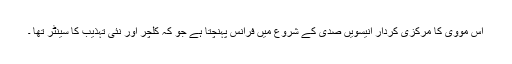
اس مووی کا مرکزی کردار انیسویں صدی کے شروع میں فرانس پہنچتا ہے جو کہ کلچر اور نئی تہذیب کا سینٹر تھا ۔